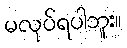
မလုပ်ရပါဘူး။